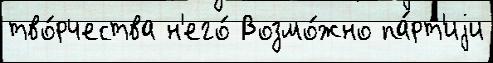
тво́рчества н'его́ Возмо́жно па́рт'иjи